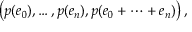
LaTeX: \left( p ( e _ { 0 } ) , \ldots , p ( e _ { n } ) , p ( e _ { 0 } + \dots + e _ { n } ) \right) ,